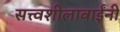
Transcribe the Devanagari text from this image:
सत्त्वशीलाबाईंनी